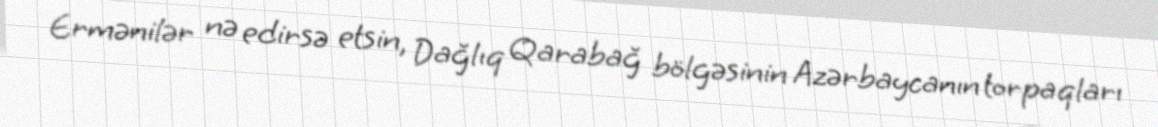
Ermənilər nə edirsə etsin, Dağlıq Qarabağ bölgəsinin Azərbaycanın torpaqları